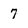
Character: 7